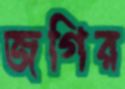
জগির